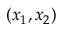
( x _ { 1 } , x _ { 2 } )